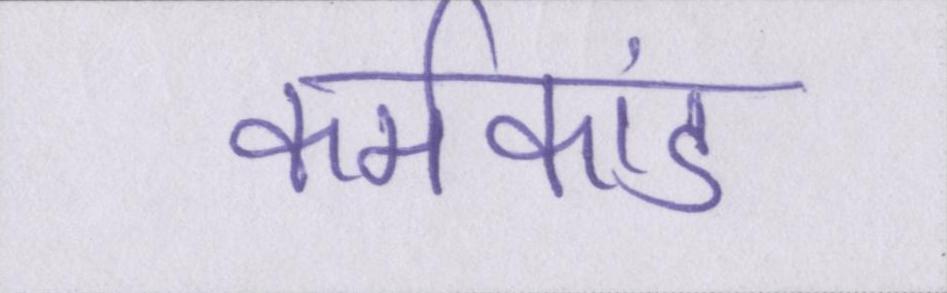
कर्मकांड